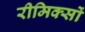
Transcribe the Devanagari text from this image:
रीमिक्सों